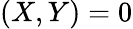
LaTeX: (X,Y)=0